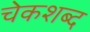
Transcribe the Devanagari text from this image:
चेकशब्द